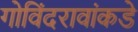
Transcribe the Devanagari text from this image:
गोविंदरावांकडे